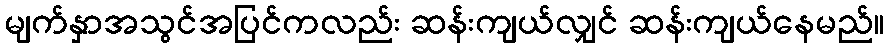
မျက်နှာအသွင်အပြင်ကလည်း ဆန်းကျယ်လျှင် ဆန်းကျယ်နေမည်။